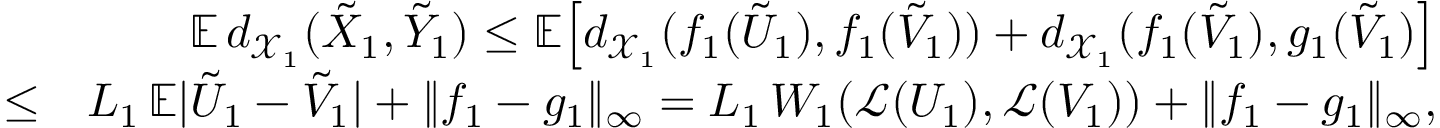
\begin{array} { r l r } & { } & { \mathbb { E } \, d _ { \mathcal { X } _ { 1 } } ( \tilde { X } _ { 1 } , \tilde { Y } _ { 1 } ) \leq \mathbb { E } \ensuremath { \! \left[ d _ { \mathcal { X } _ { 1 } } ( f _ { 1 } ( \tilde { U } _ { 1 } ) , f _ { 1 } ( \tilde { V } _ { 1 } ) ) + d _ { \mathcal { X } _ { 1 } } ( f _ { 1 } ( \tilde { V } _ { 1 } ) , g _ { 1 } ( \tilde { V } _ { 1 } ) \right] } } \\ & { \le } & { L _ { 1 } \, \mathbb { E } | \tilde { U } _ { 1 } - \tilde { V } _ { 1 } | + \| f _ { 1 } - g _ { 1 } \| _ { \infty } = L _ { 1 } \, W _ { 1 } ( \mathcal { L } ( U _ { 1 } ) , \mathcal { L } ( V _ { 1 } ) ) + \| f _ { 1 } - g _ { 1 } \| _ { \infty } , } \end{array}